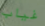
غياب